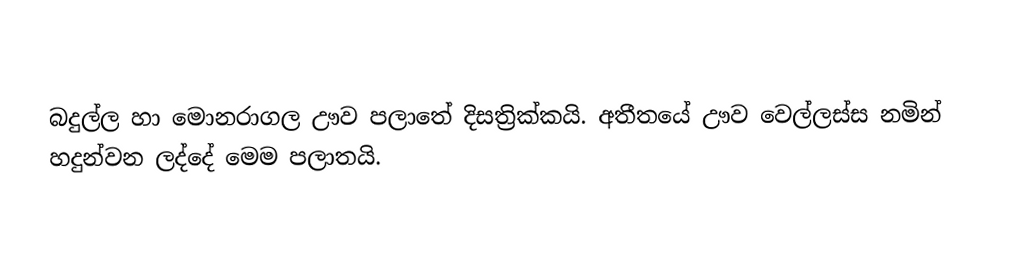
බදුල්ල හා මොනරාගල ඌව පලාතේ දිසත්‍රික්කයි. අතීතයේ ඌව වෙල්ලස්ස නමින් හදුන්වන ලද්දේ මෙම පලාතයි.